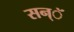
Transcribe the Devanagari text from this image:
सन्ॅ